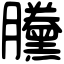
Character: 黱